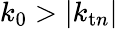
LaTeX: k_{0}>|k_{\mathrm{t}n}|